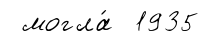
могла́ 1935